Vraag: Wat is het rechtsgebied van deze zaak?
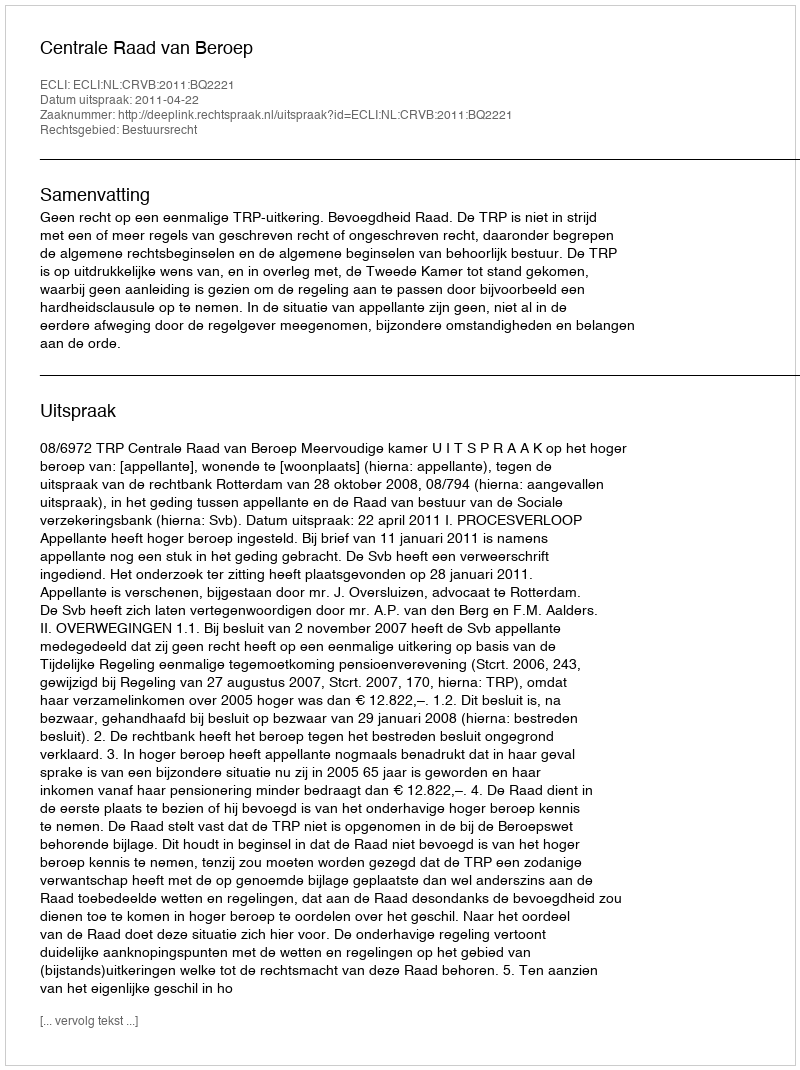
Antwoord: Bestuursrecht